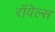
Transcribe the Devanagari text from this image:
रॉवेल्स